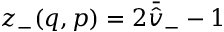
z _ { - } ( q , p ) = 2 \bar { \hat { v } } _ { - } - 1